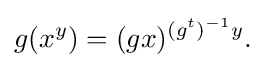
\displaystyle {g(x^{y})=(gx)^{(g^{t})^{-1}y}.}